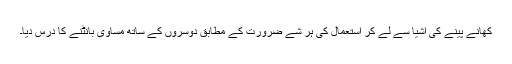
کھانے پینے کی اشیا سے لے کر استعمال کی ہر شے ضرورت کے مطابق دوسروں کے ساتھ مساوی بانٹنے کا درس دیا۔